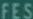
FES